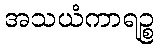
အသယံကာရဉ္စ